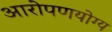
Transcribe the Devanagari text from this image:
आरोपणयोग्य